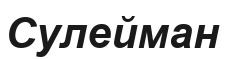
Сулейман